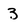
Character: 3